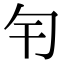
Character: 𠣍